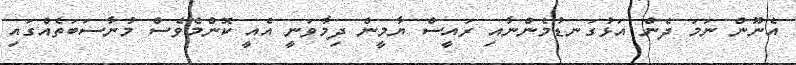
އެނޫން ނަމަ ދެން އަޅުގަނޑުމެންނާއި ރައީސް ޔާމީން ދިމާވަނީ އެއީ ކޮންމެވެސް މުނާސަބަތެއްގައި